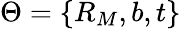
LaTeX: \Theta=\{ R_{M},b,t\}